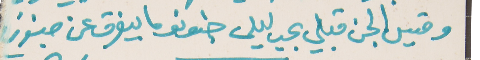
وقيس الجن قبلي بحب ليلى   جنونو ما بيفرق عن جنوني